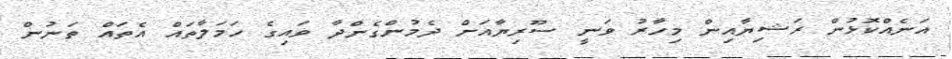
އަނެއްކޮޅުން ރަޝިޔާއިން މިހާރު ވަނީ ސޫރިޔާއަށް ދެމުންގެންދާ ވައިގެ ހަމަލާތައް އެތައް ތަނުން